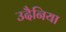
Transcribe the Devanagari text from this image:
उदैनिया